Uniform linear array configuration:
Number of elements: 4
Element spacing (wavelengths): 0.25
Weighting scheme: binomial
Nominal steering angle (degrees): -45
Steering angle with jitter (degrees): -46.863
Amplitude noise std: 0.05
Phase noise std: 0.05

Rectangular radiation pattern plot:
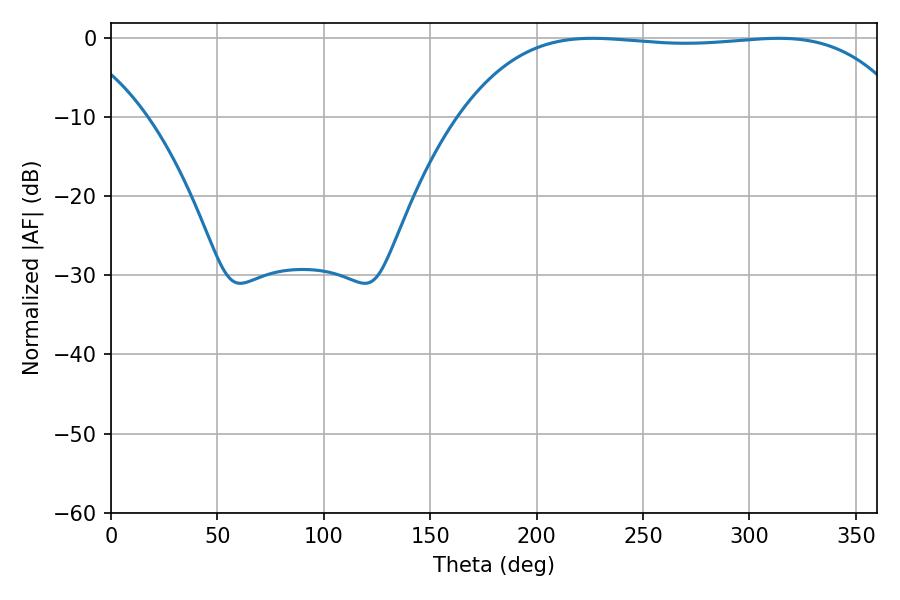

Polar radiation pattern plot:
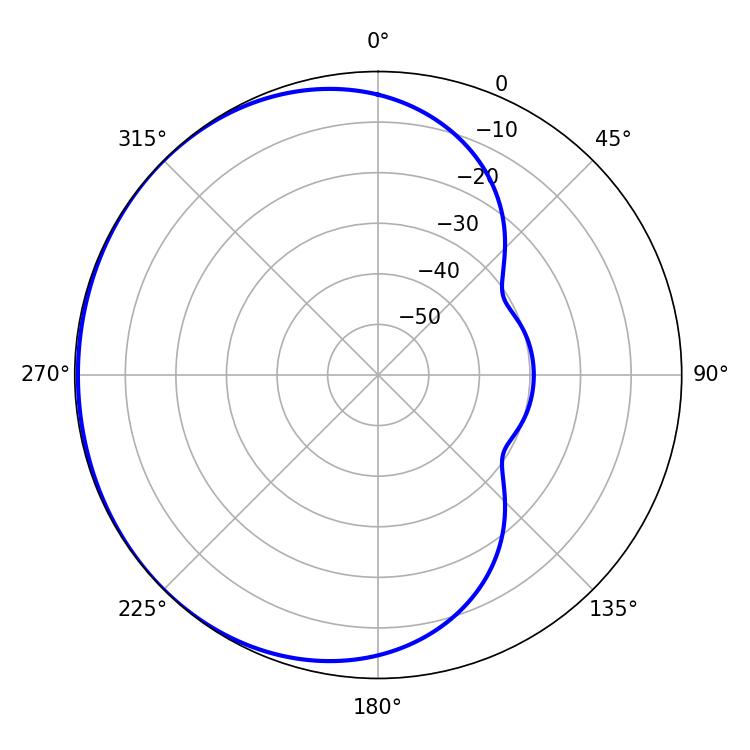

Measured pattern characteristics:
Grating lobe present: FALSE
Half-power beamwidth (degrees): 164.88
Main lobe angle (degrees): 226.26